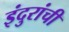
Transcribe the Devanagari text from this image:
इंदुरांची